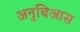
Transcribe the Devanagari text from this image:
अनुबिआस